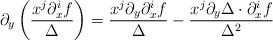
LaTeX: \begin{align*}\partial_y\left( \frac{x^j \partial_x^i f}{\Delta}\right)=\frac{x^j \partial_y \partial_x^i f}{\Delta}- \frac{x^j\partial_y\Delta\cdot \partial_x^i f}{\Delta^2}\end{align*}